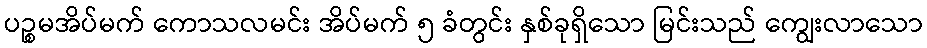
ပဉ္စမအိပ်မက် ကောသလမင်း အိပ်မက် ၅ ခံတွင်း နှစ်ခုရှိသော မြင်းသည် ကျွေးလာသော